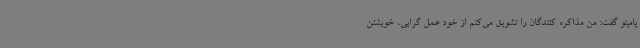
پامپئو گفت: من مذاکره کنندگان را تشویق می‌کنم از خود عمل گرایی، خویشتن